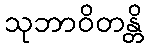
သုဘာဝိတန္တိ